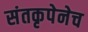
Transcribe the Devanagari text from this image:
संतकृपेनेच